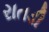
રાતડી